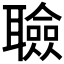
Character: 𦗹